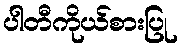
ပါတီကိုယ်စားပြု